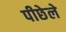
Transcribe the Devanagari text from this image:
पीछेले